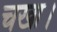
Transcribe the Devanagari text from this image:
चखा।